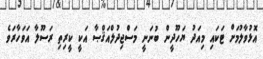
އޮޅުވާލުމަށް ޓަކައި މިއަދު ޔަހޫދީން ބުނަނީ މަސްޖިދުލްއަޤްޞާ އަކީ ކީރިތި ރަސޫލާ އަވަހާރަވެ